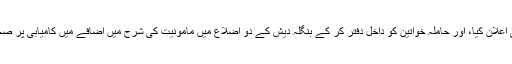
گیٹس نے اس خط میں پہلے گیٹس ویکسین انوویشن ایوارڈ حاصل کرنے والے کا بھی اعلان کیا، اور حاملہ خواتین کو داخل دفتر کر کے بنگلہ دیش کے دو اضلاع میں مامونیت کی شرح میں اضافے میں کامیابی پر صحت کے شعبے سے وابستہ عہدیدار ڈاکٹر اسم امجد حسین کے جدید کام کو سراہا ہے۔